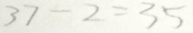
3 7 - 2 = 3 5